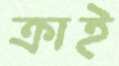
ক্রাই